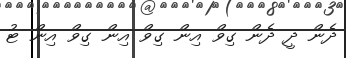
ދެން ދީ ދެން ގިވް އިން ގިވް އިން ގިވް އިން ޓު